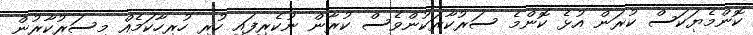
ކޮންމެޔަކަސް ކުރަން އުޅެ ކޮންމެ ސަރުކާރަކުންވެސް ކުރާން ނުކެރިފައި ހުރި ހުރިހާކަމެއް މިސަރުކާރުން